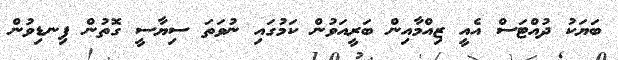
ބަޔަކު ދުއްޓަސް އެއީ ޒިއްމާއިން ބަރީއަވުން ކަމުގައި ނުވަތަ ސިޔާސީ ގޮތުން ފިނޑިވުން